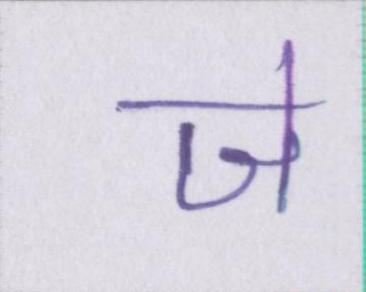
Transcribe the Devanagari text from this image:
जे